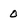
Character: 0